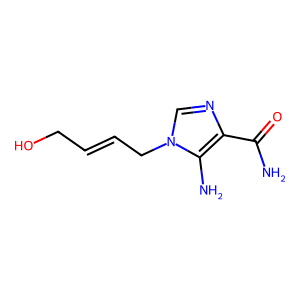
SMILES: NC(=O)c1ncn(CC=CCO)c1N
Inhibits HIV replication: No